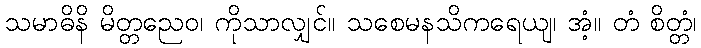
သမာဓိနိ မိတ္တညေဝ၊ ကိုသာလျှင်။ သစေမနသိကရေယျ၊ အံ့။ တံ စိတ္တံ၊